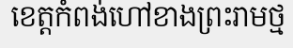
ខេត្តកំពង់ហៅខាងព្រះរាមថ្ម